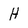
Character: H